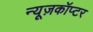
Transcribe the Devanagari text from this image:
न्यूज़कॉप्टर